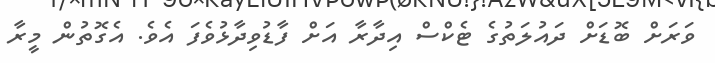
ވަރަށް ބޮޑަށް ދައުލަތުގެ ޓެކްސް އިދާރާ އަށް ފާޑުވިދާޅުވެފަ އެވެ. އެގޮތުން މީރާ